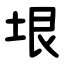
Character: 垠